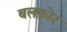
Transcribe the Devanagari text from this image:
बलफ़ोर